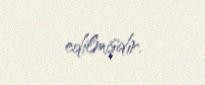
edilmişdir.